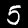
Digit: 5